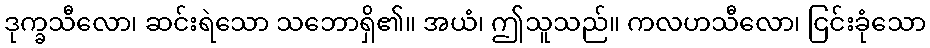
ဒုက္ခသီလော၊ ဆင်းရဲသော သဘောရှိ၏။ အယံ၊ ဤသူသည်။ ကလဟသီလော၊ ငြင်းခုံသော